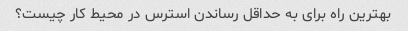
بهترین راه برای به حداقل رساندن استرس در محیط کار چیست؟